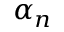
\alpha _ { n }